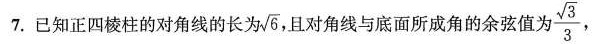
7.已知正四棱柱的对角线的长为 \sqrt{6}， 且对角线与底面所成角的余弦值 \frac{ \sqrt{3}}{3}，